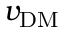
v _ { \mathrm { D M } }